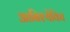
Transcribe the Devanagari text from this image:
आबिश्येविच